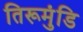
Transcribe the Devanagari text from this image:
तिरूमुंडि